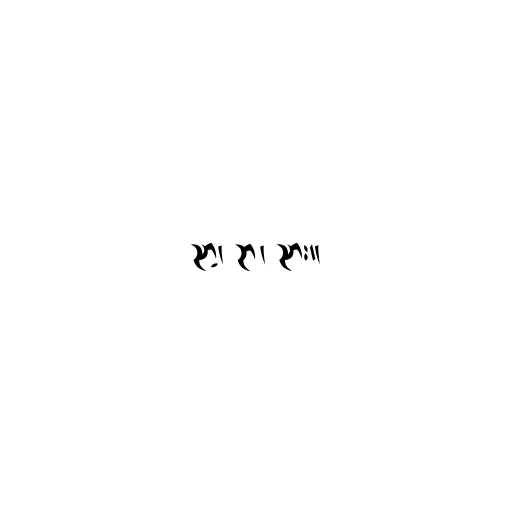
ညာ့၊ ဉာ၊ ညား။